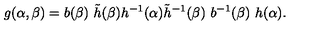
g ( \alpha , \beta ) = b ( \beta ) \ \tilde { h } ( \beta ) h ^ { - 1 } ( \alpha ) \tilde { h } ^ { - 1 } ( \beta ) \ b ^ { - 1 } ( \beta ) \ h ( \alpha ) .